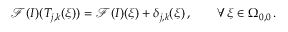
\mathcal { F } ( I ) ( T _ { j , k } ( \boldsymbol { \xi } ) ) = \mathcal { F } ( I ) ( \boldsymbol { \xi } ) + \delta _ { j , k } ( \boldsymbol { \xi } ) \, , \qquad \forall \, \boldsymbol { \xi } \in \Omega _ { 0 , 0 } \, .